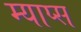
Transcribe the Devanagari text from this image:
म्याप्स